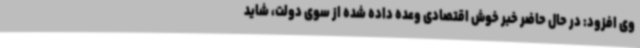
وی افزود: در حال حاضر خبر خوش اقتصادی وعده داده شده از سوی دولت، شاید